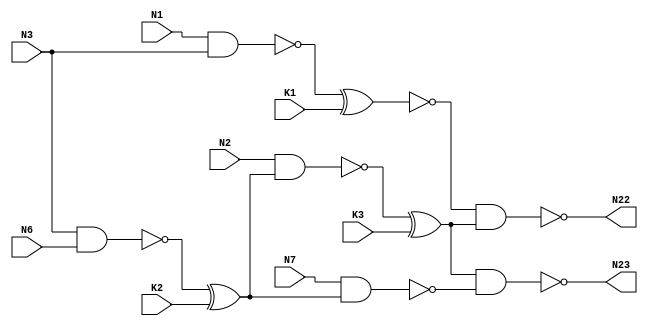


module c17_lock (N1,N2,N3,N6,N7,K1,K2,K3,N22,N23);

input N1,N2,N3,N6,N7,K1,K2,K3;

output N22,N23;

wire N10,N11,N16,N19;

nand NAND2_1 (N10, N1, N3);
xor x_1 (N28,N10,K1);
nand NAND2_2 (N11, N3, N6);
xor x_2 (N29,N11,K2);
nand NAND2_4 (N16, N2, N29);
xor x_3 (N30,N16,K3);
nand NAND2_3 (N19, N7, N29);
not n (N31,N28);
nand NAND2_6 (N22, N31, N30);
nand NAND2_7 (N23, N30, N19);

endmodule